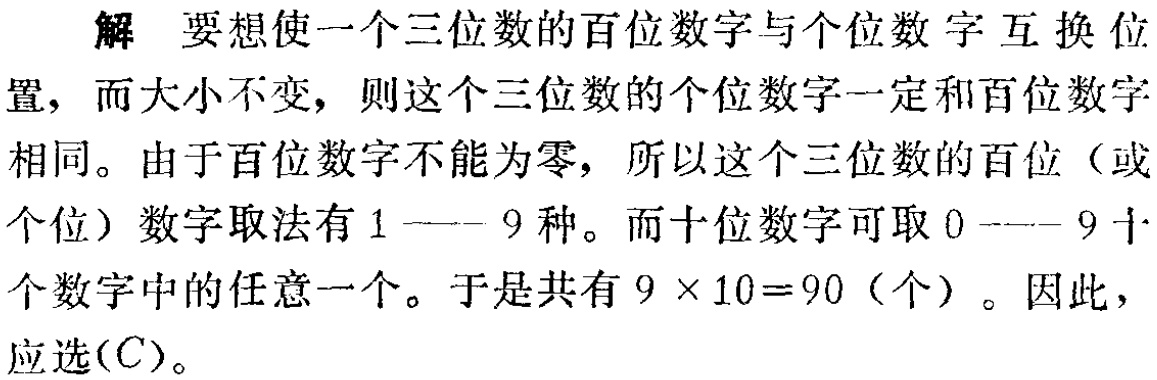
解 要想使一个三位数的百位数字与个位数字互换位置，而大小不变，则这个三位数的个位数字一定和百位数字相同。由于百位数字不能为零，所以这个三位数的百位（或个位）数字取法有\(1\)——\(9\)种。而十位数字可取\(0\)——\(9\)十个数字中的任意一个。于是共有\(9\times10 = 90\)（个）。因此，应选\((C)\)。